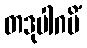
တဒုပါဂမိံ